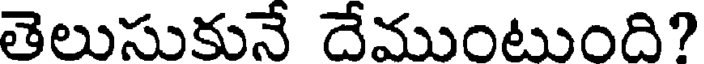
తెలుసుకునే దేముంటుంది?